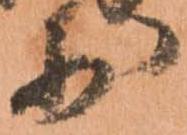
少